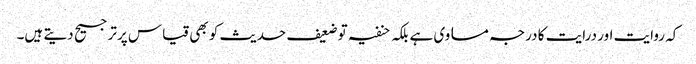
کہ روایت اور درایت کا درجہ مساوی ہے بلکہ حنفیہ توضعیف حدیث کو بھی قیاس پرترجیح دیتے ہیں۔